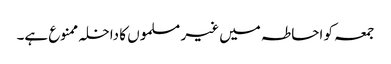
جمعہ کو احاطہ میں غیر مسلموں کا داخلہ ممنوع ہے۔